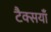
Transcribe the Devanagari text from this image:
टैक्सयाँ